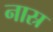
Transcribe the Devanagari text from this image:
नास्र